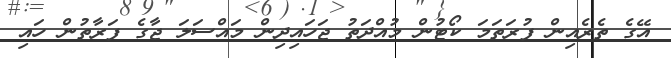
އޭގެ ތެރެއިން ފުރަތަމަ ކޯޓުން މުއްދަތު ޖަހައިދިން މައްސަލަ ޖާގެ ފަރާތުން ހައި